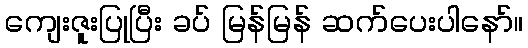
ကျေးဇူးပြုပြီး ခပ် မြန်မြန် ဆက်ပေးပါနော်။